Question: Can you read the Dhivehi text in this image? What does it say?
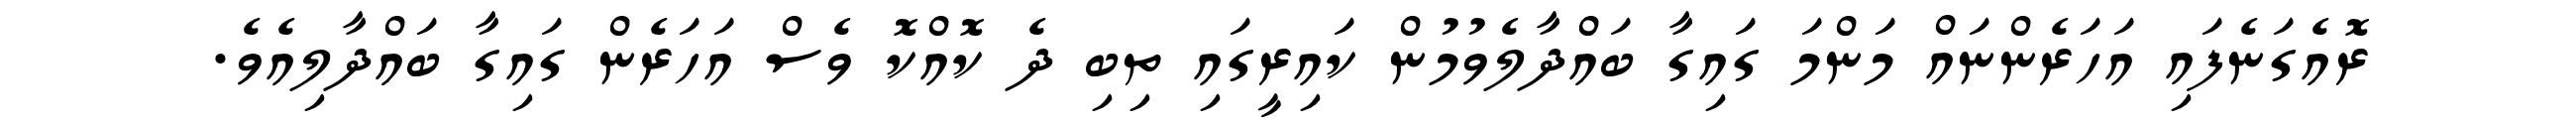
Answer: ރޮއެގަނެފައި އަހަރެންނައް މަންމަ ގައިގާ ބައްދާލެވުމުން ކައިރީގައި ތިބި ދެ ކޮއްކޮ ވެސް އަހަރެން ގައިގާ ބައްދާލިއެވެ.